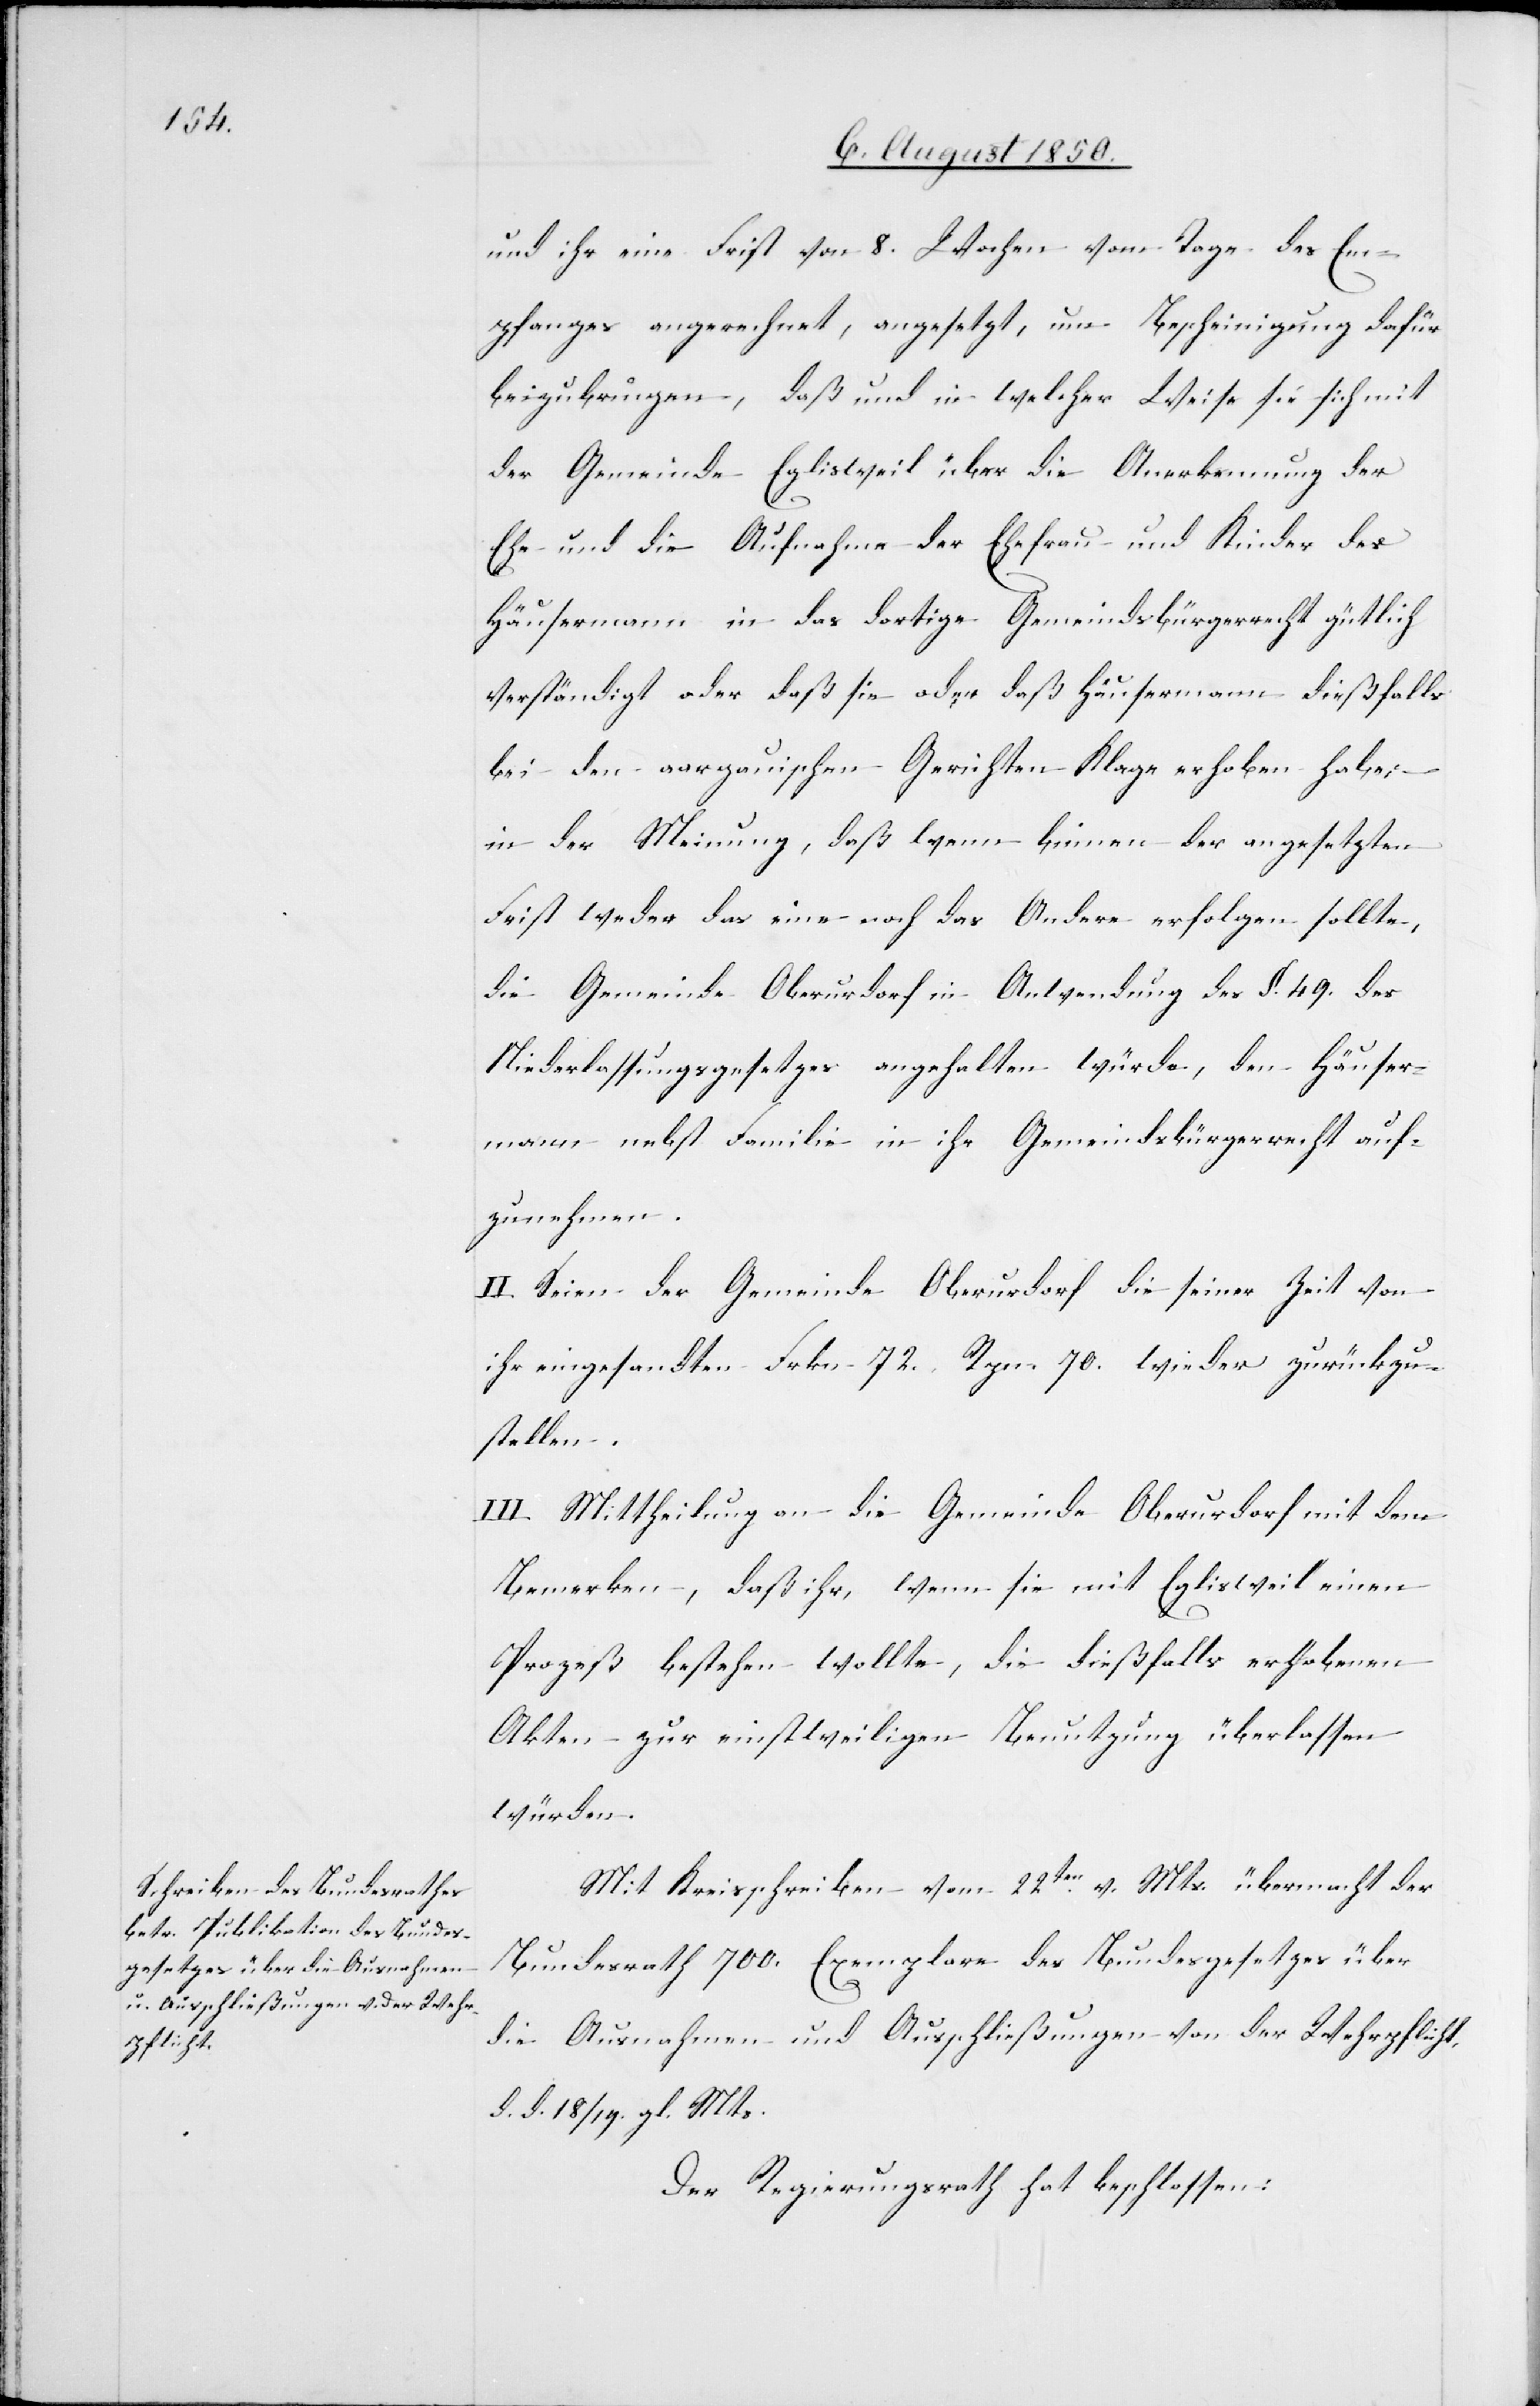
und ihr eine Frist von 8. Wochen vom Tage des Em¬
pfanges angerechnet, angesetzt, um Bescheinigung dafür
beizubringen, daß und in welcher Weise sie sich mit
der Gemeinde Eglisweil über die Anerkennung der
Ehe und die Aufnahme der Ehefrau und Kinder des
Häusermann in das dortige Gemeindsbürgerrecht gütlich
verständigt oder daß sie oder daß Häusermann dießfalls
bei den aargauischen Gerichten Klage erhoben habe;
in der Meinung, daß wenn binnen der angesetzten
Frist weder das eine noch das Andere erfolgen sollte,
die Gemeinde Oberurdorf in Anwendung des §. 49. des
Niederlassungsgesetzes angehalten würde, den Häuser¬
mann nebst Familie in ihr Gemeindsbürgerrecht auf¬
zunehmen.
II. Seien der Gemeinde Oberurdorf die seiner Zeit von
ihr eingesandten Frkn. 72. Rpn. 70. zurückzu¬
stellen.
III. Mittheilung an die Gemeinde Oberurdorf mit dem
Bemerken, daß ihr, wenn sie mit Eglisweil einen
Prozeß bestehen wollte, die dießfalls erhobenen
Akten zur einstweiligen Benutzung überlassen
würden.
Mit Kreisschreiben vom 22ten v. Mts. übermacht der
Bundesrath 700. Exemplare des Bundesgesetzes über
die Ausnahmen und Ausschließungen von der Wehrpflicht,
d. d. 18/19. gl. Mts.
Der Regierungsrath hat beschlossen: